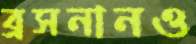
ব্রসনানও